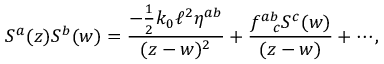
S ^ { a } ( z ) S ^ { b } ( w ) = \frac { - \frac { 1 } { 2 } k _ { 0 } \ell ^ { 2 } \eta ^ { a b } } { ( z - w ) ^ { 2 } } + \frac { f _ { ~ ~ c } ^ { a b } S ^ { c } ( w ) } { ( z - w ) } + \cdots ,